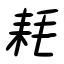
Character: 耗